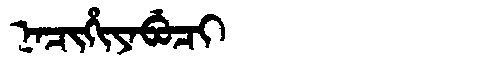
Manchu: ᠨᠠᠴᡳᡥᡳᠶᠠᠪᡠᠴᡳ
Romanization: NACIHIYABUCI